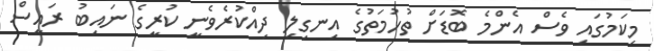
މިކަމުގައި ވެސް އެންމެ ބޮޑަށް ތުހުމަތުގެ އިނގިލި ދިއްކުރެވެނީ ކުރީގެ ނައިބު ރައީސް